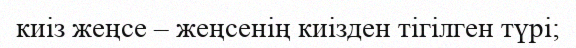
киіз жеңсе – жеңсенің киізден тігілген түрі;